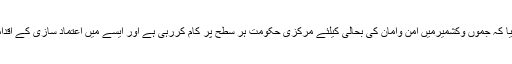
مرکزی وزیر داخلہ راجناتھ سنگھ نے گزشتہ دنوں اعلان کیا کہ جموں وکشمیرمیں امن وامان کی بحالی کیلئے مرکزی حکومت ہر سطح پر کام کررہی ہے اور ایسے میں اعتماد سازی کے اقدامات کیساتھ ساتھ مذاکرات کا دروازہ بھی کھول دیا گیا ہے۔